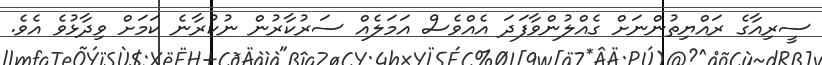
ސީރިއާގެ ރައްޔިތުންނަށް ގެއްލުންވާފަދަ އެއްވެސް އަމަލެއް ސަރުކާރުން ނުކުރާނެ ކަމަށް ވިދާޅުވެ އެވެ.